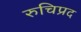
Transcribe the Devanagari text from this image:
रुचिप्रद